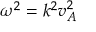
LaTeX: \omega ^ { 2 } = k ^ { 2 } v _ { A } ^ { 2 }